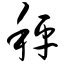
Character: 秤